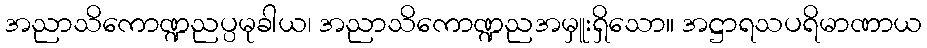
အညာသိကောဏ္ဍညပ္ပမုခါယ၊ အညာသိကောဏ္ဍညအမှူးရှိသော။ အဋ္ဌာရသပရိမာဏာယ